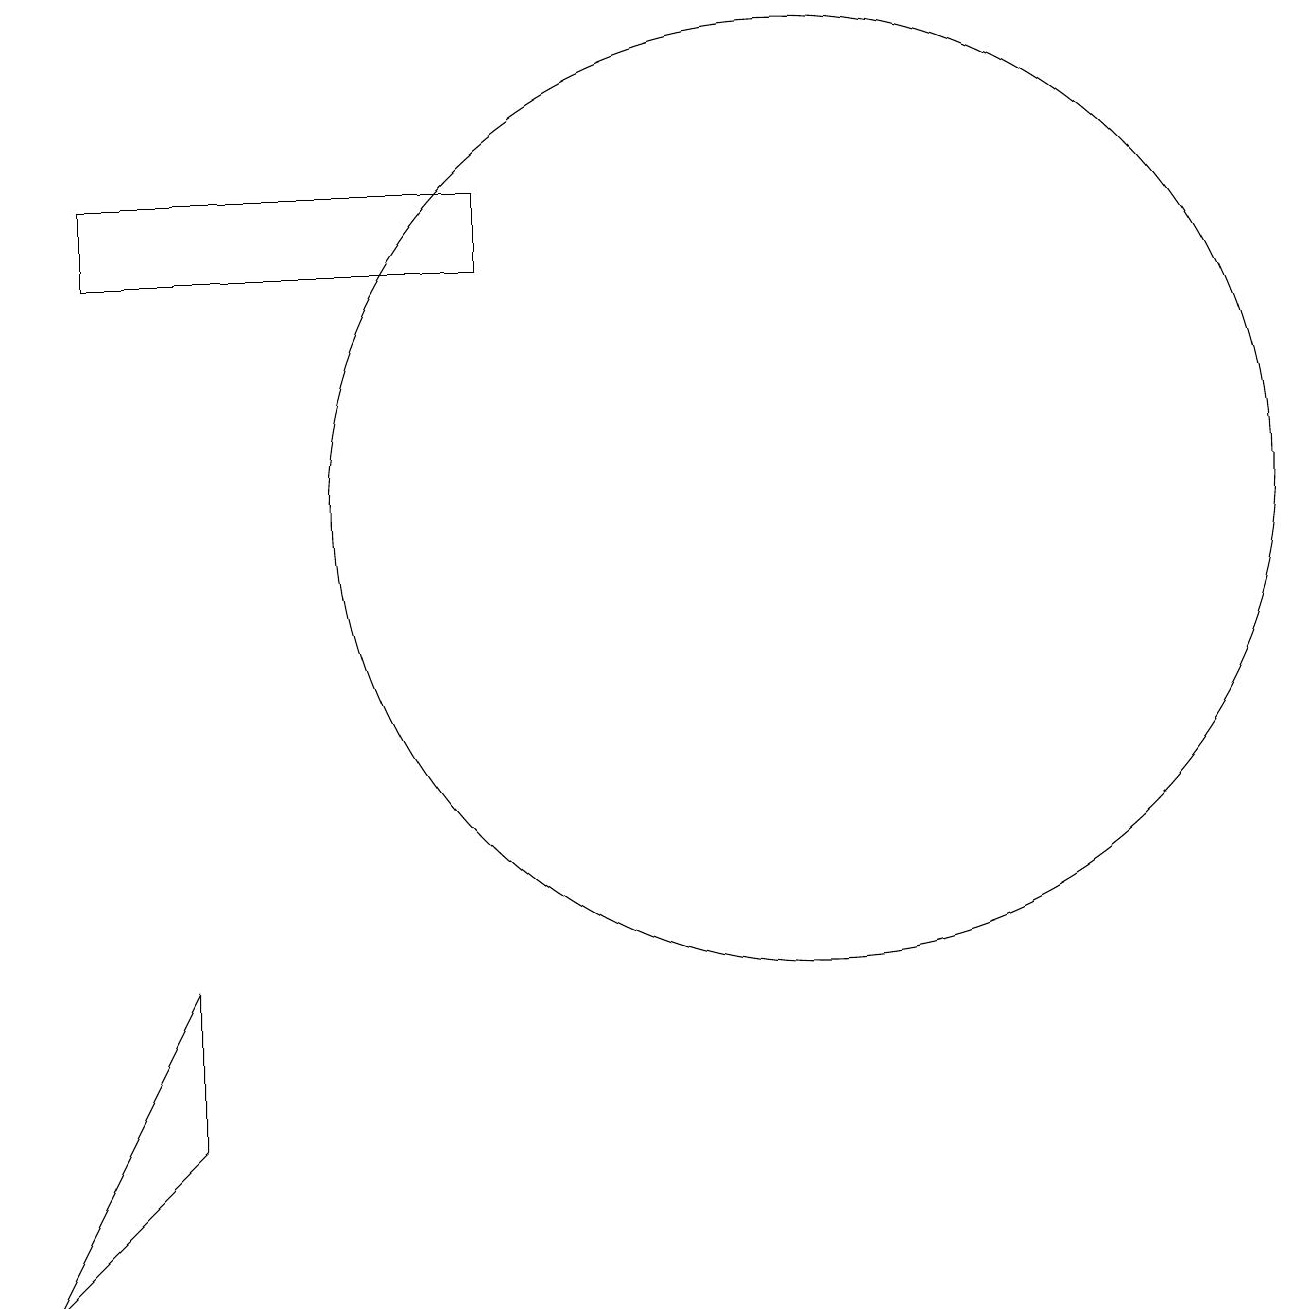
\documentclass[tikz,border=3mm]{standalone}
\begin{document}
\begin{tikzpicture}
\draw (2,10) rectangle (2,10);
\draw (10,11) circle (6);
\draw (6,15) rectangle (1,14);
\draw (2,5) -- (0,1) -- (2,3) -- cycle;
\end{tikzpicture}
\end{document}